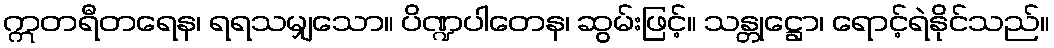
ဣတရီတရေန၊ ရရသမျှသော။ ပိဏ္ဍပါတေန၊ ဆွမ်းဖြင့်။ သန္တုဋ္ဌော၊ ရောင့်ရဲနိုင်သည်။